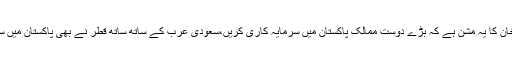
اگرچہ وزیراعظم عمران خان کا یہ مشن ہے کہ بڑے دوست ممالک پاکستان میں سرمایہ کاری کریں،سعودی عرب کے ساتھ ساتھ قطر نے بھی پاکستان میں سرمایہ کاری کا اعلان کیا۔